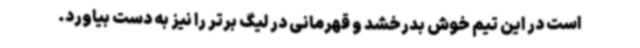
است در این تیم خوش بدرخشد و قهرمانی در لیگ برتر را نیز به دست بیاورد.